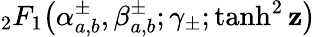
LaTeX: {}_{2}F_{1}\! \left(\alpha_{a,b}^{\pm},\beta_{a,b}^{\pm};\gamma_{\pm};\operatorname{tanh}^{2}\mathbf{z}\right)